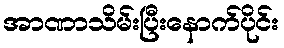
အာဏာသိမ်းပြီးနောက်ပိုင်း